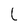
Character: 1